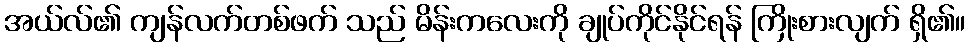
အယ်လ်၏ ကျန်လက်တစ်ဖက် သည် မိန်းကလေးကို ချုပ်ကိုင်နိုင်ရန် ကြိုးစားလျက် ရှိ၏။